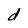
Character: d